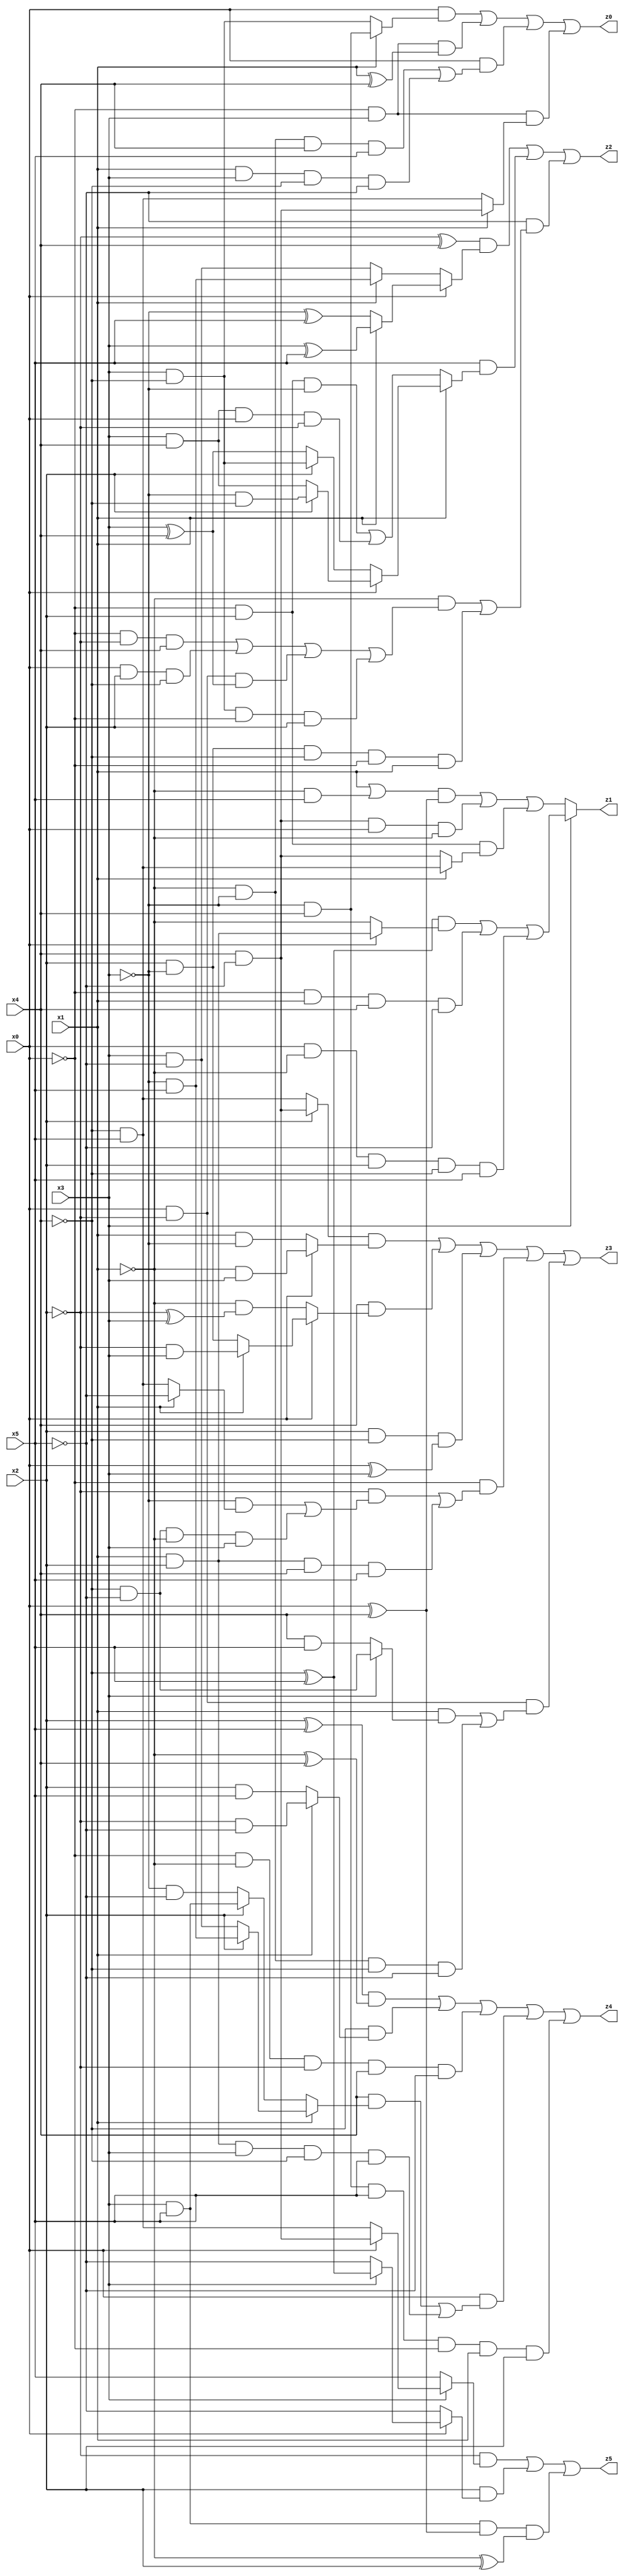
// Benchmark "X_12" written by ABC on Wed Jun 07 23:36:00 2023

module X_12 ( 
    x0, x1, x2, x3, x4, x5,
    z0, z1, z2, z3, z4, z5  );
  input  x0, x1, x2, x3, x4, x5;
  output z0, z1, z2, z3, z4, z5;
  assign z0 = (x0 & (x1 ? (~x3 & x4) : (x3 & ~x4))) | (~x0 & x3 & (x1 ^ x4)) | (x0 & ((~x1 & ~x3 & x4 & x5) | (x1 & x3 & ~x4 & ~x5))) | (~x0 & x3 & (x1 ? (x4 & ~x5) : (~x4 & x5)));
  assign z1 = x3 ? (((~x4 ^ x5) & (x0 ? (x1 & x2) : ~x1)) | (~x0 & x1 & x4 & ~x5) | (x0 & ~x1 & x2 & ~x4 & x5)) : (((x1 | (~x1 & x5)) & (x0 ^ x4)) | (x4 & ~x5 & x0 & ~x1) | (~x0 & x2 & (x1 ? (~x4 & x5) : (x4 & ~x5))));
  assign z2 = ((~x2 ^ x4) & (x0 ? (x1 ? (x3 ^ x5) : (~x3 ^ x5)) : (x1 ? (~x3 & x5) : (x3 & ~x5)))) | (x5 & (x1 ? (x0 ? (x2 ? (~x3 & ~x4) : (x3 & x4)) : (x2 ? (x3 & ~x4) : (x3 ^ x4))) : ((~x0 & x2 & ~x3) | (x3 & x4 & x0 & ~x2)))) | (~x5 & ((~x1 & ((~x0 & ~x2 & x4) | (x0 & x2 & ~x4) | (x0 & ~x2 & (x3 ^ x4)) | (x3 & ~x4 & ~x0 & x2))) | (x2 & ~x3 & ~x4 & ~x0 & x1)));
  assign z3 = ((x2 ? (x4 & ~x5) : (~x4 & x5)) & (x0 ? (~x1 & x3) : (x1 & ~x3))) | (x4 & (x0 ? (x1 ? (~x2 & x3) : (x2 & ~x3)) : (~x1 & (~x2 ^ x3)))) | (x2 & ~x4 & (x0 ^ x3)) | (~x0 & ((~x2 & ((~x3 & (x1 ? ~x5 : (~x4 & x5))) | (~x4 & ~x5 & ~x1 & x3))) | (x1 & x2 & x4 & x5))) | (x0 & ~x2 & ((x1 & (x3 ? (~x4 & ~x5) : (x4 & x5))) | (~x1 & ~x3 & ~x4 & ~x5)));
  assign z4 = ((x2 ^ x5) & (~x1 ^ x4)) | (~x4 & (x1 ? (~x2 & ~x5) : (x2 & x5))) | (~x0 & ~x1 & ~x2 & x4 & ~x5) | (x0 & ((x4 & (x1 ? (x2 ? (~x3 & x5) : (x3 & ~x5)) : (x2 ? (x3 & x5) : (~x3 & ~x5)))) | (x1 & x2 & x3 & ~x4 & x5))) | (~x3 & x4 & x5 & ~x0 & x1 & x2);
  assign z5 = (~x2 & (x3 ? (x0 ? (x4 & ~x5) : (~x4 & x5)) : x5)) | (x2 & (x0 ? (x3 ? (~x4 ^ x5) : ~x5) : ~x5)) | (x3 & x5 & (x0 ^ x4) & (~x1 ^ x2));
endmodule